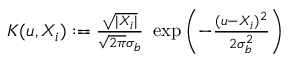
\begin{array} { r } { K ( u , X _ { i } ) : = \frac { \sqrt { | X _ { i } | } } { \sqrt { 2 \pi } \sigma _ { b } } ~ \exp { \left( - \frac { ( u - X _ { i } ) ^ { 2 } } { 2 \sigma _ { b } ^ { 2 } } \right) } } \end{array}